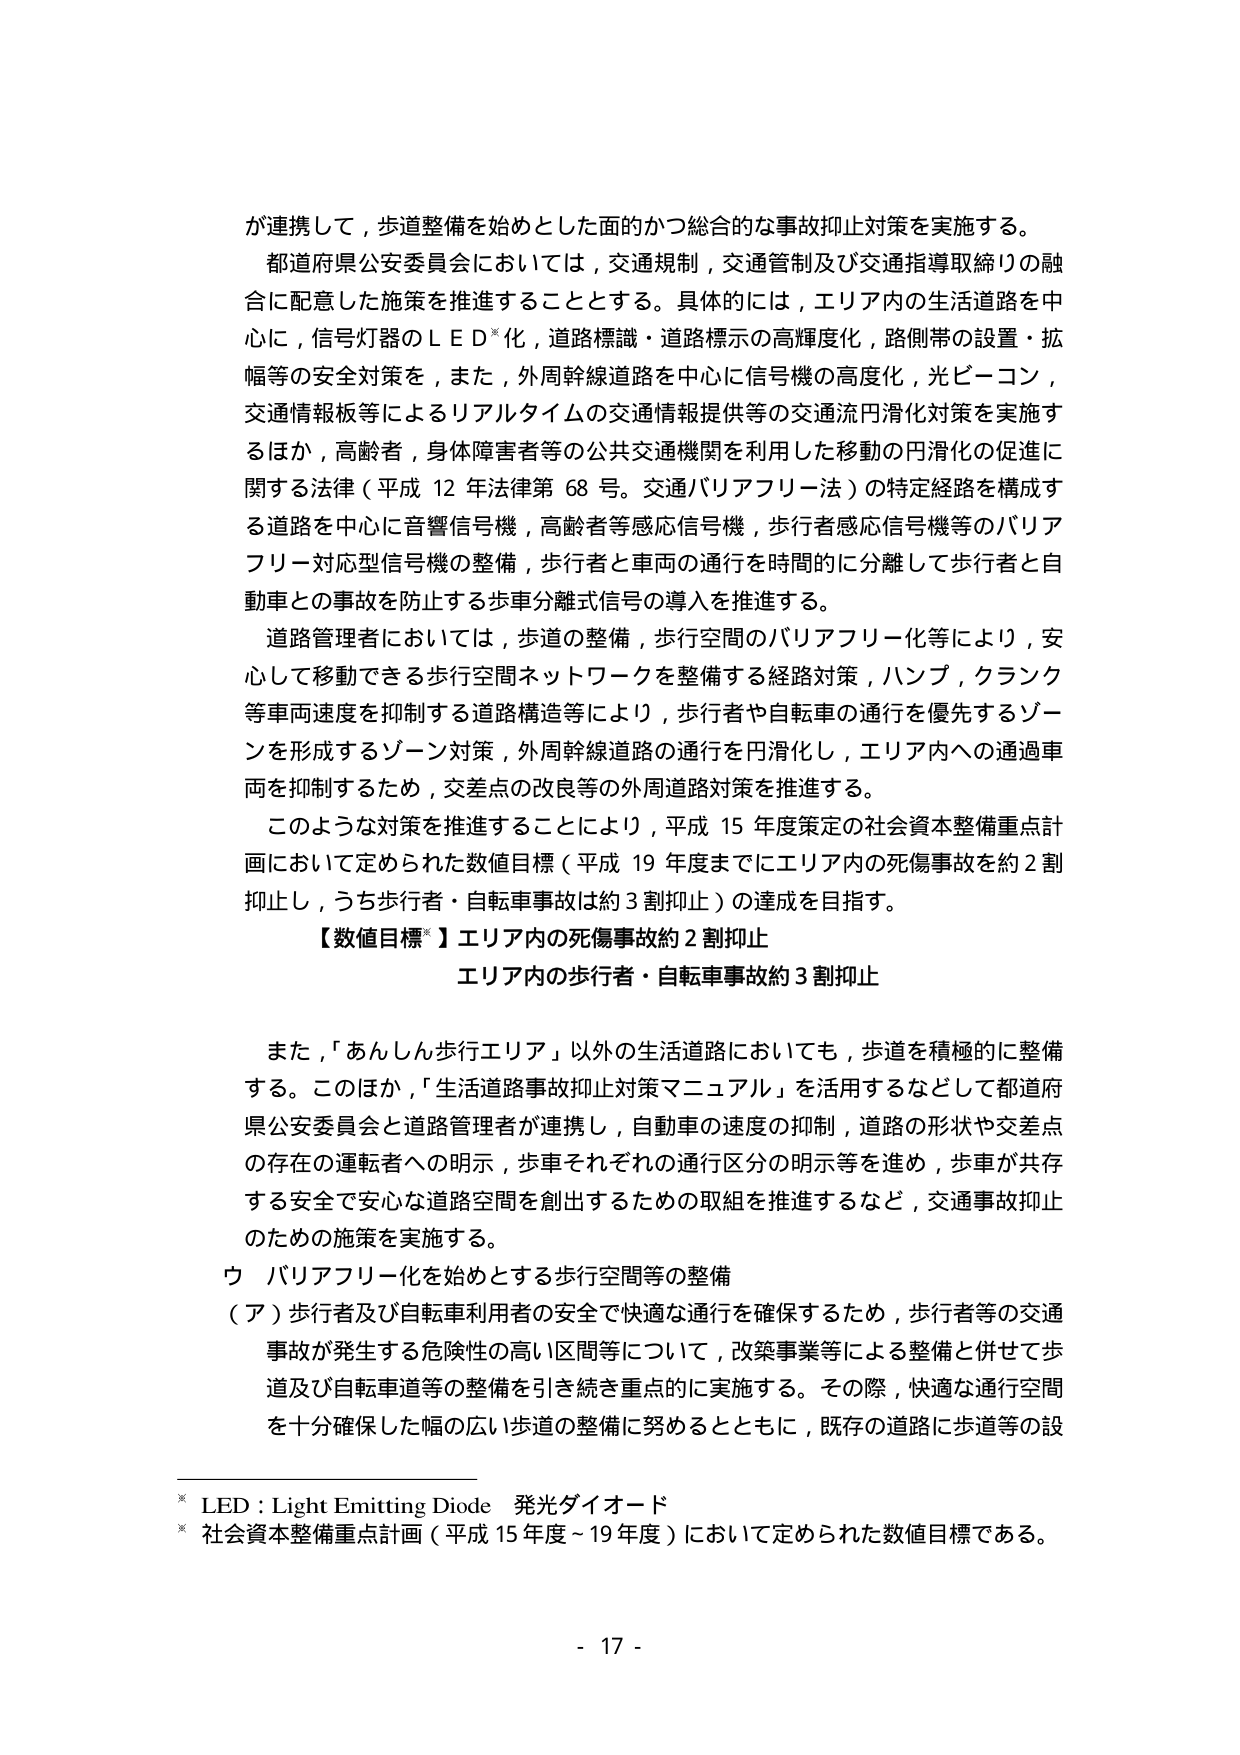
が連携して，歩道整備を始めとした面的かつ総合的な事故抑止対策を実施する。

都道府県公安委員会においては，交通規制，交通管制及び交通指導取締りの融合に配意した施策を推進することとする。具体的には，エリア内の生活道路を中心に，信号灯器のＬＥＤ※化，道路標識・道路標示の高輝度化，路側帯の設置・拡幅等の安全対策を，また，外周幹線道路を中心に信号機の高度化，光ビーコン，交通情報板等によるリアルタイムの交通情報提供等の交通流円滑化対策を実施するほか，高齢者，身体障害者等の公共交通機関を利用した移動の円滑化の促進に関する法律（平成12年法律第68号。交通バリアフリー法）の特定経路を構成する道路を中心に音響信号機，高齢者等感応信号機，歩行者感応信号機等のバリアフリー対応型信号機の整備，歩行者と車両の通行を時間的に分離して歩行者と自動車との事故を防止する歩車分離式信号の導入を推進する。

道路管理者においては，歩道の整備，歩行空間のバリアフリー化等により，安心して移動できる歩行空間ネットワークを整備する経路対策，ハンプ，クランク等車両速度を抑制する道路構造等により，歩行者や自転車の通行を優先するゾーンを形成するゾーン対策，外周幹線道路の通行を円滑化し，エリア内への通過車両を抑制するため，交差点の改良等の外周道路対策を推進する。

このような対策を推進することにより，平成15年度策定の社会資本整備重点計画において定められた数値目標（平成19年度までにエリア内の死傷事故を約2割抑止し，うち歩行者・自転車事故は約3割抑止）の達成を目指す。

【数値目標※】エリア内の死傷事故約2割抑止
エリア内の歩行者・自転車事故約3割抑止

また，「あんしん歩行エリア」以外の生活道路においても，歩道を積極的に整備する。このほか，「生活道路事故抑止対策マニュアル」を活用するなどして都道府県公安委員会と道路管理者が連携し，自動車の速度の抑制，道路の形状や交差点の存在の運転者への明示，歩車それぞれの通行区分の明示等を進め，歩車が共存する安全で安心な道路空間を創出するための取組を推進するなど，交通事故抑止のための施策を実施する。

ウ バリアフリー化を始めとする歩行空間等の整備
（ア）歩行者及び自転車利用者の安全で快適な通行を確保するため，歩行者等の交通事故が発生する危険性の高い区間等について，改築事業等による整備と併せて歩道及び自転車道等の整備を引き続き重点的に実施する。その際，快適な通行空間を十分確保した幅の広い歩道の整備に努めるとともに，既存の道路に歩道等の設

※ LED：Light Emitting Diode 発光ダイオード
※ 社会資本整備重点計画（平成15年度～19年度）において定められた数値目標である。

- 17 -